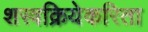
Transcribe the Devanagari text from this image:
शस्त्रक्रियेकरिता